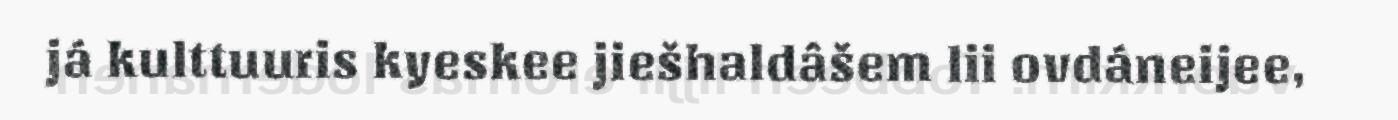
já kulttuuris kyeskee jiešhaldâšem lii ovdáneijee,